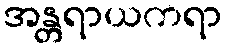
အန္တရာယကရာ